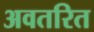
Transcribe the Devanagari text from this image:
अवतरित